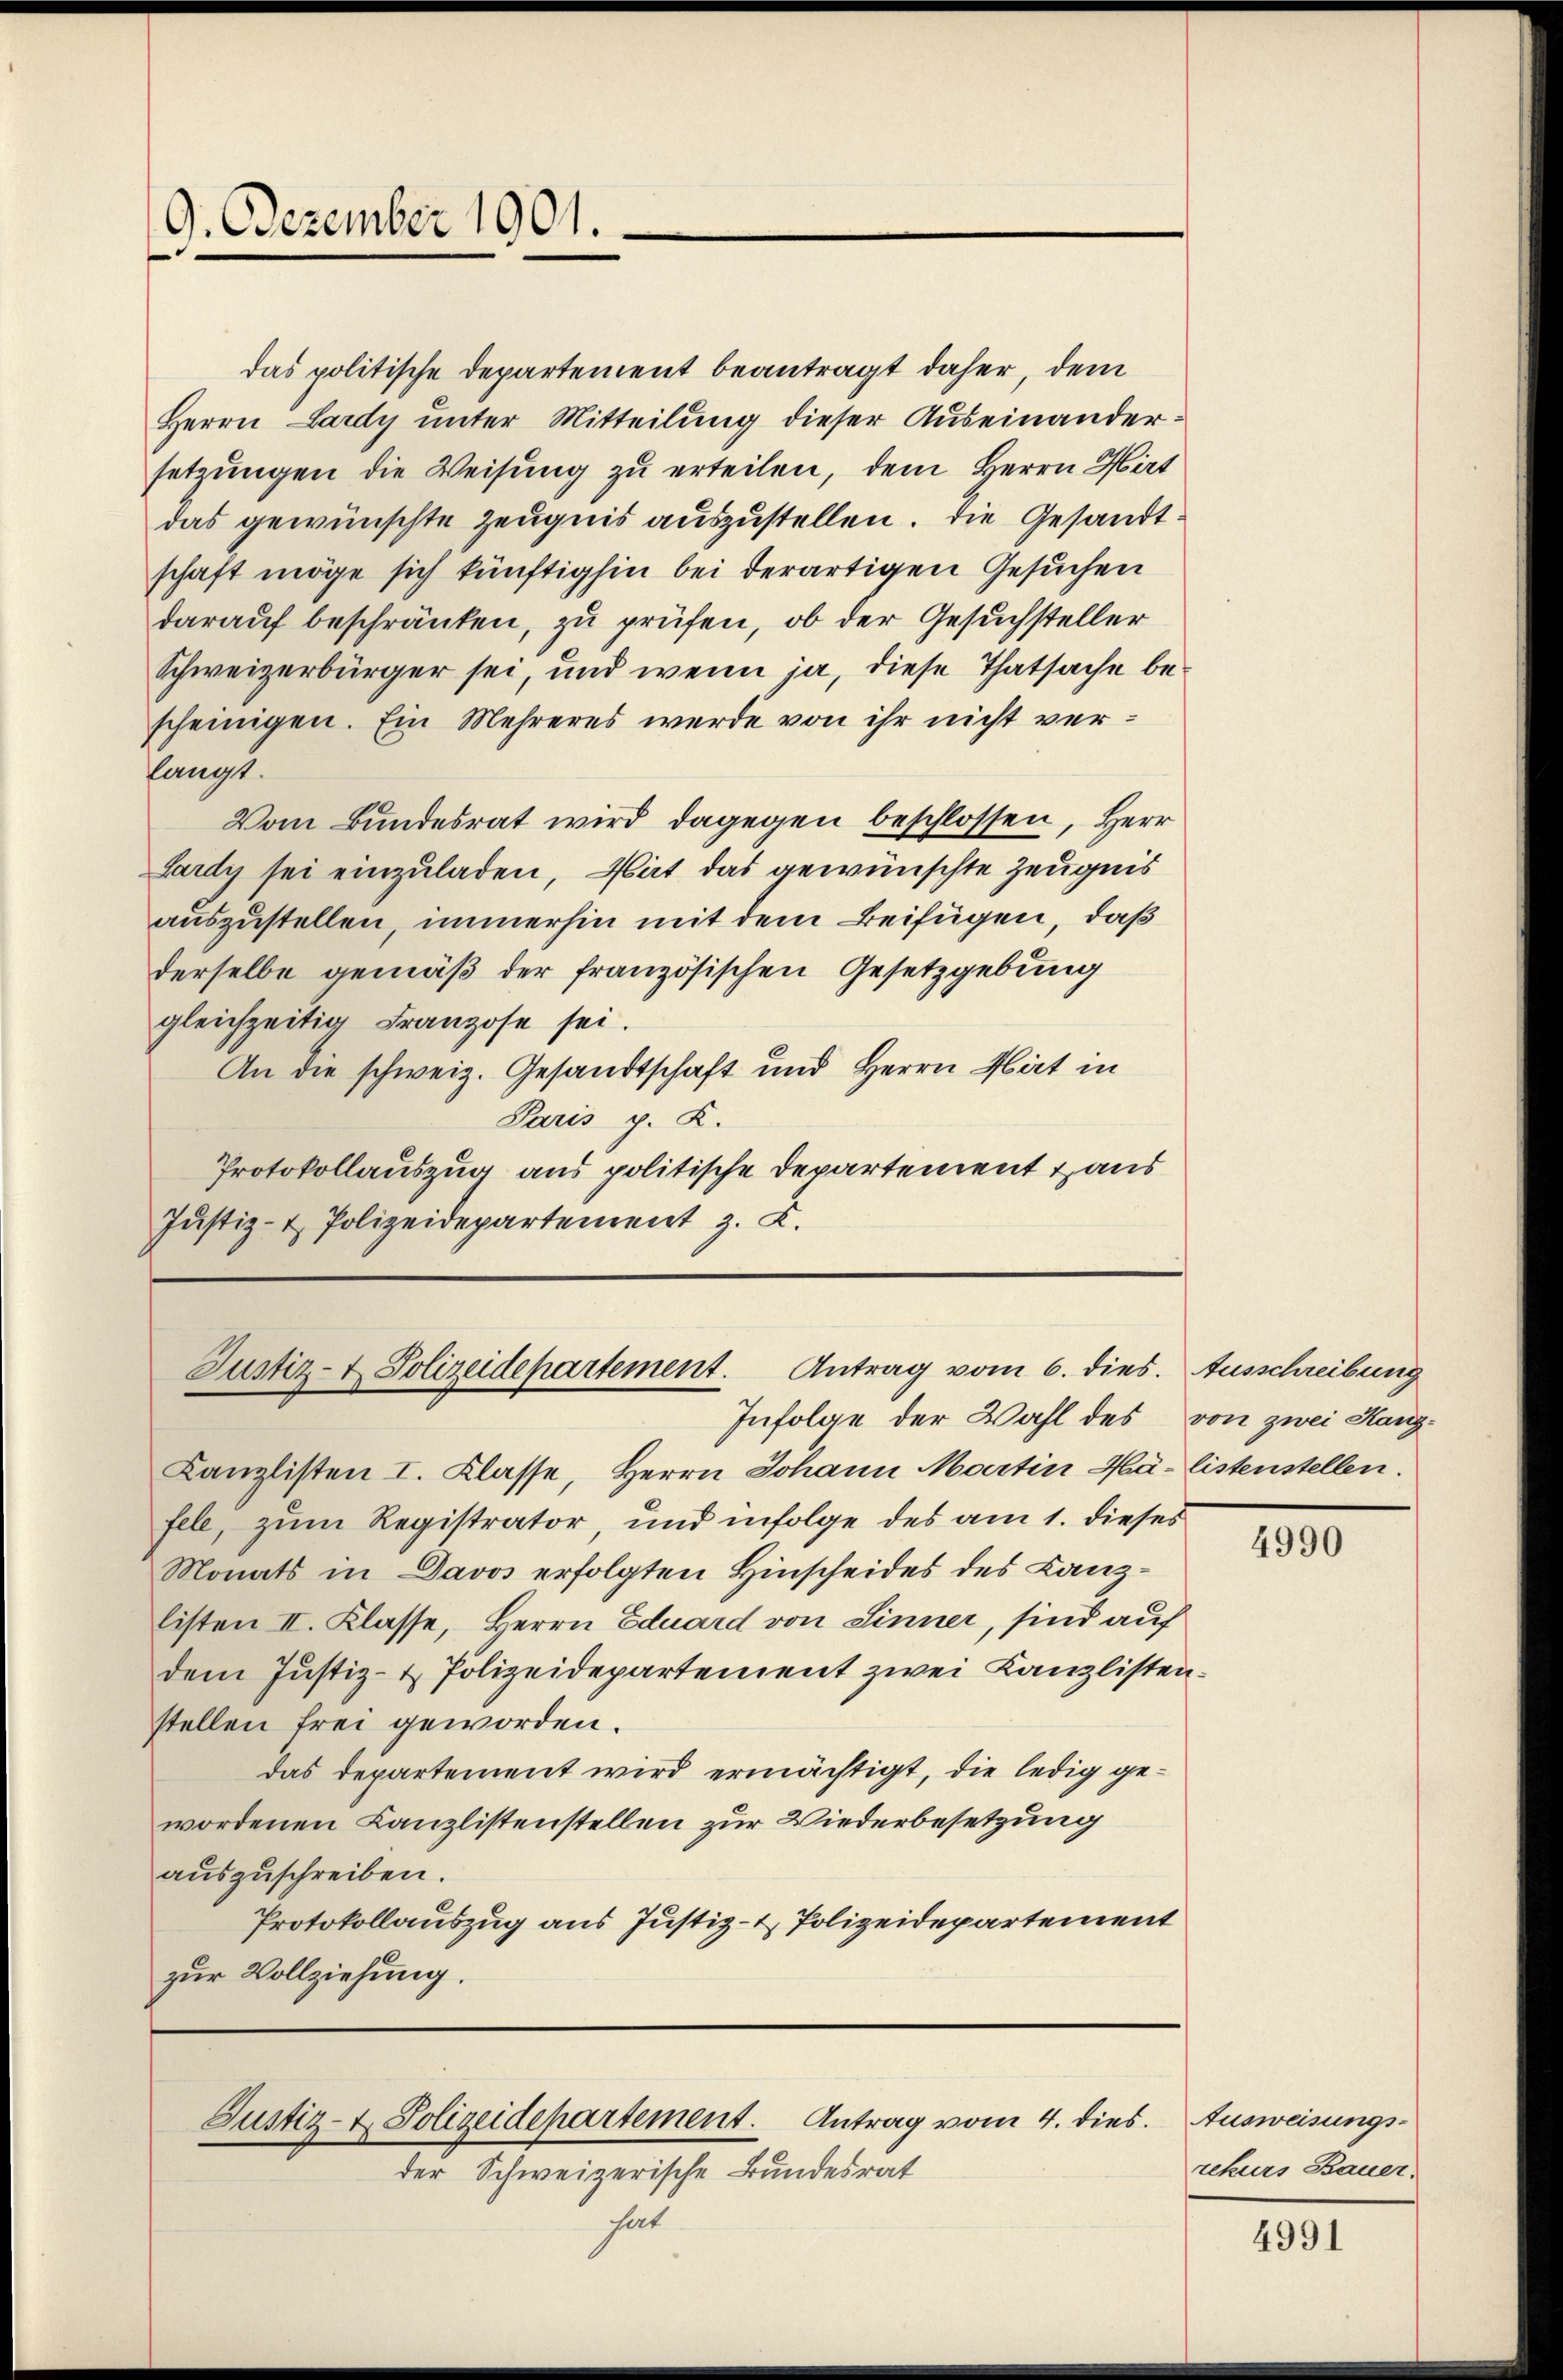
9. Dezember 1901.

Justiz- & Polizeidepartement. Antrag vom 6. dies. Ausschreibung
Infolge der Wahl des von zwei Kanz¬

das politische Departement beantragt daher, dem
Herrn Lardy unter Mitteilung dieser Auseinandersetzungen die Weisung zu erteilen, dem Herrn Hirt
das gewünschte Zeugnis auszustellen. Die Gesandtschaft möge sich künftighin bei derartigen Gesuchen
darauf beschränken, zu prüfen, ob der Gesuchsteller
Schweizerbürger sei, und wenn ja, diese Thatsache bescheinigen. Ein Mehreres werde von ihr nicht verlangt.
Vom Bundesrat wird, dagegen beschlossen, Herr
Lardy sei einzuladen, Mit das gewünschte Zeugnis
auszustellen, immerhin mit dem Beifügen, daß
derselbe gemäß der französischen Gesetzgebung
gleichzeitig Franzose sei.
An die schweiz. Gesandtschaft und Herrn Mart in
Paris p. K.
Protokollauszug aus politische Departement Haus
Justiz- & Polizeidepartement z. B.

Kanzlisten I. Klasse, Herrn Johann Martin Hä- listenstellen.
fele, zum Registrator, und infolge des am 1. dieses
Monats in Davos erfolgten Hinscheides des Lanzlisten II. Klasse, Herrn Eduard von Sinner, sind auf
dem Justiz- & Polizeidepartement zwei Kanzlistenstellen frei geworden.
das departement wird ermächtigt, die ledig gewordenen Canzlistenstellen zur Wiederbesetzung
auszuschreiben.
Protokollauszug aus Justiz- & Polizeidepartement
zur Vollziehung.

Justiz- & Polizeidepartement. Antrag vom 4. dies
der Schweizerische Bundesrat

hat

4990

Ausweisungs-
rekurs Bauer.

4991